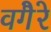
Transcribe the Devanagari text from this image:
वगैेरे